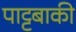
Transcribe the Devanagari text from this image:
पाट्टबाकी